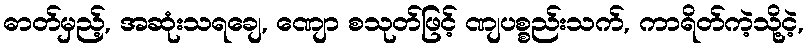
ဓာတ်မှည့်, အဆုံးသရချေ, ဏျော စသုတ်ဖြင့် ဏျပစ္စည်းသက်, ကာရိတ်ကဲ့သို့ငဲ့,